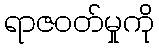
ရာဇဝတ်မှုကို